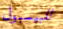
للبيسبول